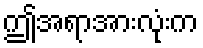
ဤအရာအားလုံးက